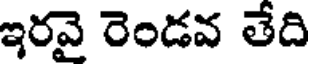
ఇరవై రెండవ తేది